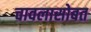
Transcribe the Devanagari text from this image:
चावलासोबत